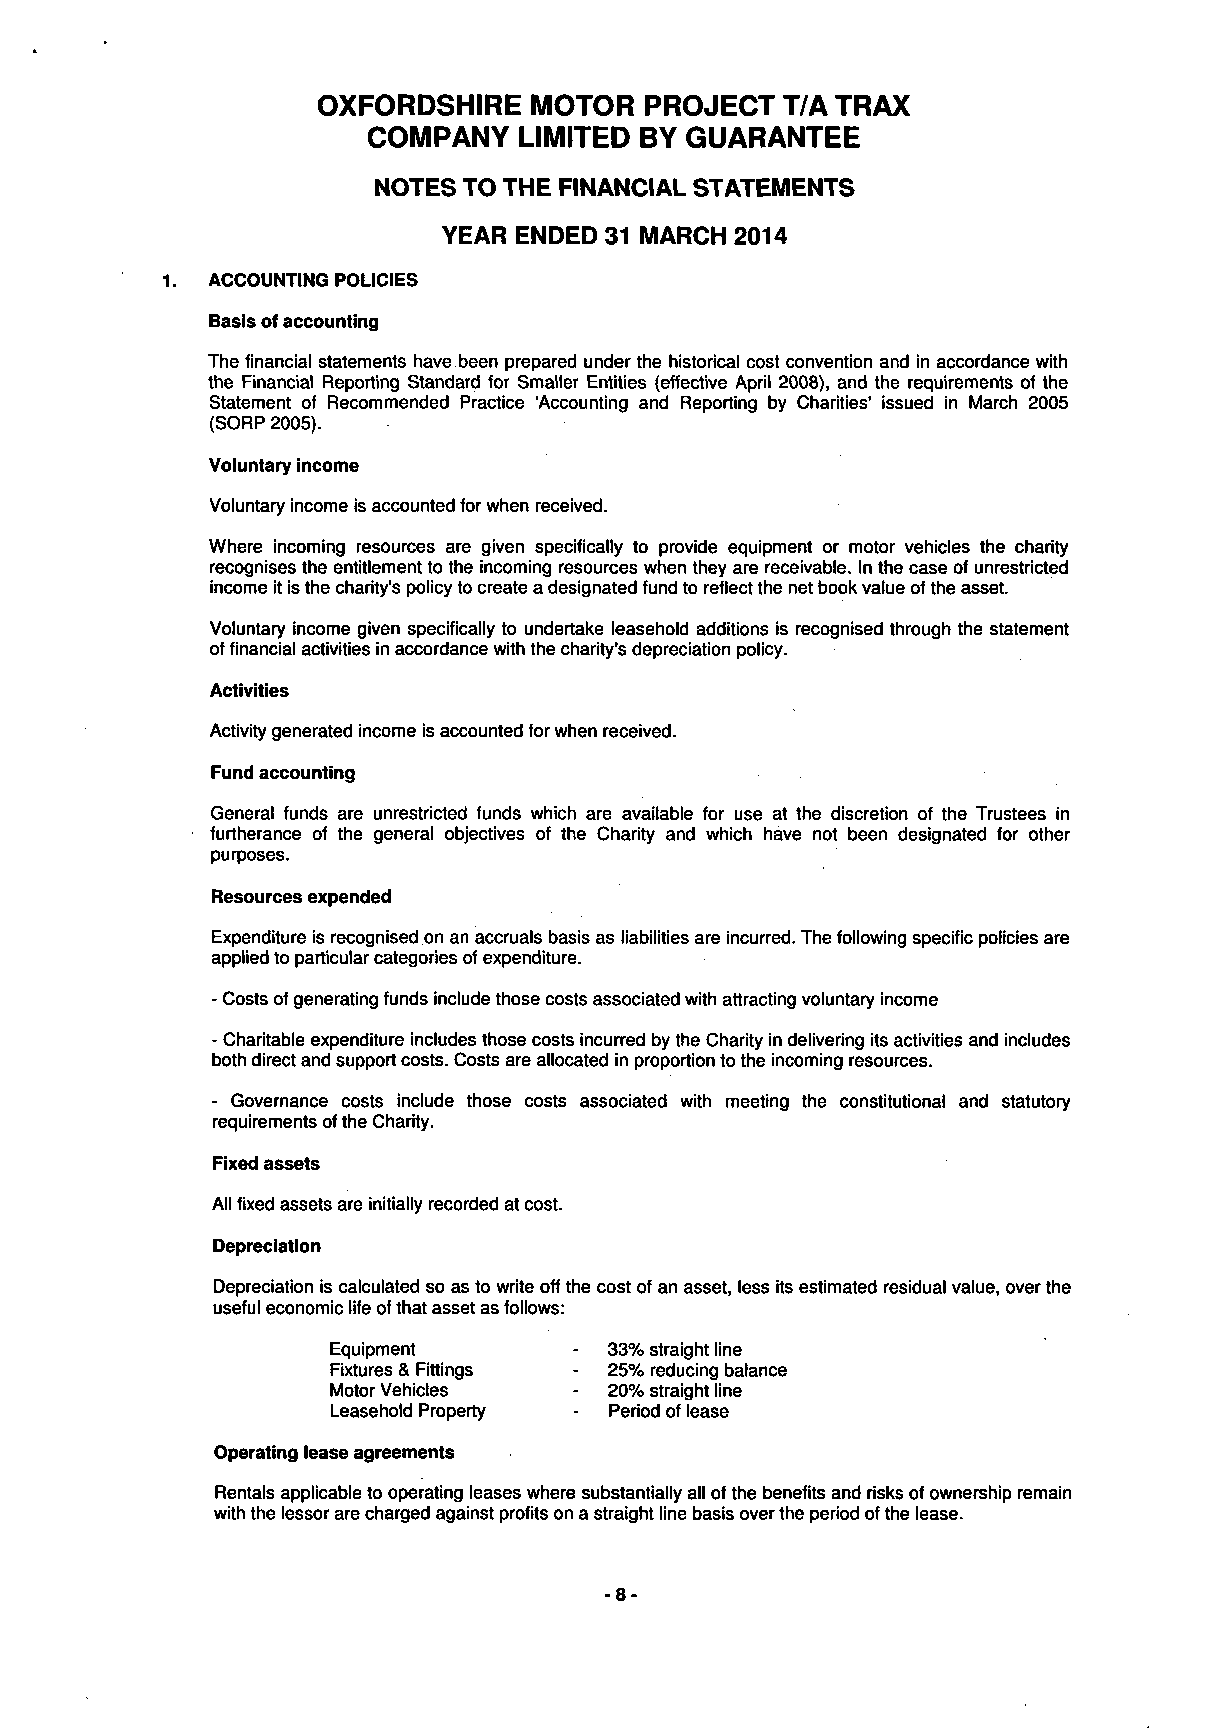
OXFORDSHIRE   MOTOR   PROJECT  T/A TRAX
 COMPANY   LIMITED BY GUARANTEE
 NOTES TO THE FINANCIAL STATEMENTS
 YEAR ENDED 31 MARCH 2014
 ACCOUNTING POLICIES
 Basis of accounting
 The financial statements have.been prepared under the historical cost convention and in accordance with
 the Financial Reporting Standard for Smaller Entities (effective April 2008), and the requirements of the
 Statement of Recommended Practice 'Accounting and Reporting by Charities' issued in March 2005
 (SORP 2005).
 Voluntary income
 Voluntary income is accounted for when received.
 Where incoming resources are given specifically to provide equipment or motor vehicles the charity
 recognises the entitlement to the incoming resources when they are receivable. In the case of unrestricted
 income it is the charity's policy to create a designated fund to reflect the net book value of the asset.
 Voluntary income given specifically to undertake leasehold additions is recognised through the statement
 of financial activities in accordance with the charity's depreciation policy.
 Activities
 Activity generated income is accounted for when received.
 Fund accounting
 General funds are unrestricted funds which are available for use at the discretion of the Trustees in
 furtherance of the general objectives of the Charity and which have not been designated for other
 purposes.
 Resources expended
 Expenditure is recognised on an accruals basis as liabilities are incurred. The following specific policies are
 applied to particular categories of expenditure.
 - Costs of generating funds include those costs associated with attracting voluntary income
 - Charitable expenditure includes those costs incurred by the Charity in delivering its activities and includes
 both direct and support costs. Costs are allocated in proportion to the incoming resources.
 - Governance costs include those costs associated with meeting the constitutional and statutory
 requirements of the Charity.
 Fixed assets
 All fixed assets are initially recorded at cost.
 Depreciation
 Depreciation is calculated so as to write off the cost of an asset, less its estimated residual value, over the
 useful economic life of that asset as follows:
 Equipment         33% straight line
 Fixtures & Fittings 25% reducing balance
 Motor Vehicles    20% straight line
 Leasehold Property Period of lease
 Operating lease agreements
 Rentals applicable to operating leases where substantially all of the benefits and risks of ownership remain
 with the lessor are charged against profits on a straight line basis over the period of the lease.